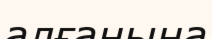
алғанына